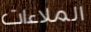
الملاءات